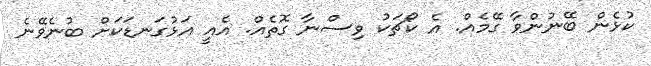
ކުޅެން ބޭނުންވާ ގޭމެއް. އެ ކޯޗަކު ވިސްނާ ގޮތެއް. އެއީ އަޅުގަނޑަކަށް ބުނެވޭނެ